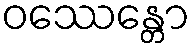
ဝဿေန္တော